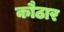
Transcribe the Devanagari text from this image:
कौठार